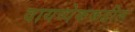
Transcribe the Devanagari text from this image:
वायव्येककडील